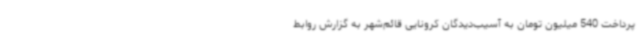
پرداخت 540 میلیون تومان به آسیب‌دیدگان کرونایی قائم‌شهر به گزارش روابط